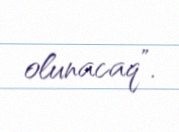
olunacaq”.